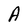
Character: A